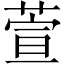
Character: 萱